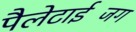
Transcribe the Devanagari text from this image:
पैलेटाईजिंग